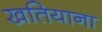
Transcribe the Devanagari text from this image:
खतियाना